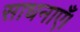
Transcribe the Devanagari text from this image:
साधनाएँ।